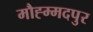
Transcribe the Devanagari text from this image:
मौह्म्मदपुर